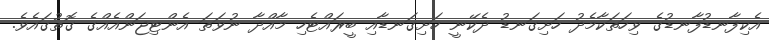
އެކިފާނޑުފާނޑުގެ ވިހަތަކާމެދު ހަށިގަނޑު ދެކޭނީ ހަށިގަނޑާއި ބީރައްޓެހި މާއްދާ ނުވަތަ އެންޓިޖަންއެއްގެ ގޮތުގައެވެ.